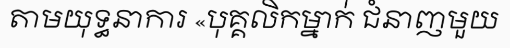
តាមយុទ្ធនាការ «បុគ្គលិកម្នាក់ ជំនាញមួយ